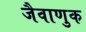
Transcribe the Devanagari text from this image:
जैवाणुक